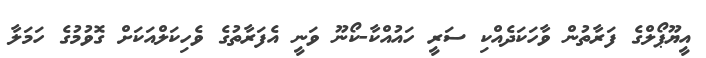
އީޔޫޕޯލްގެ ފަރާތުން ވާހަކަދެއްކި ސަރީ ހައުއްކާ-ކޯނޫ ވަނީ އެފަރާތުގެ ވެހިކަލްއަކަށް ގޮވުމުގެ ހަމަލާ